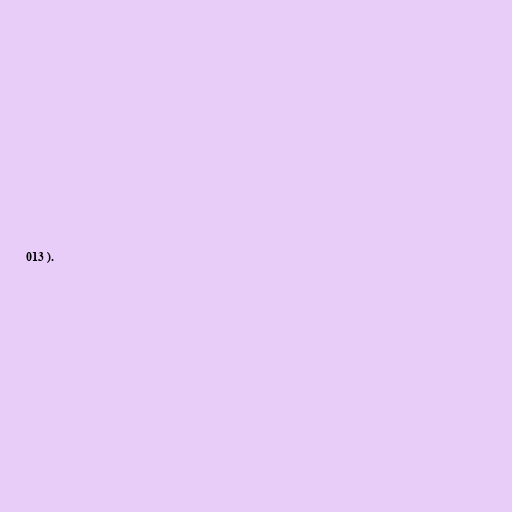
013 ).